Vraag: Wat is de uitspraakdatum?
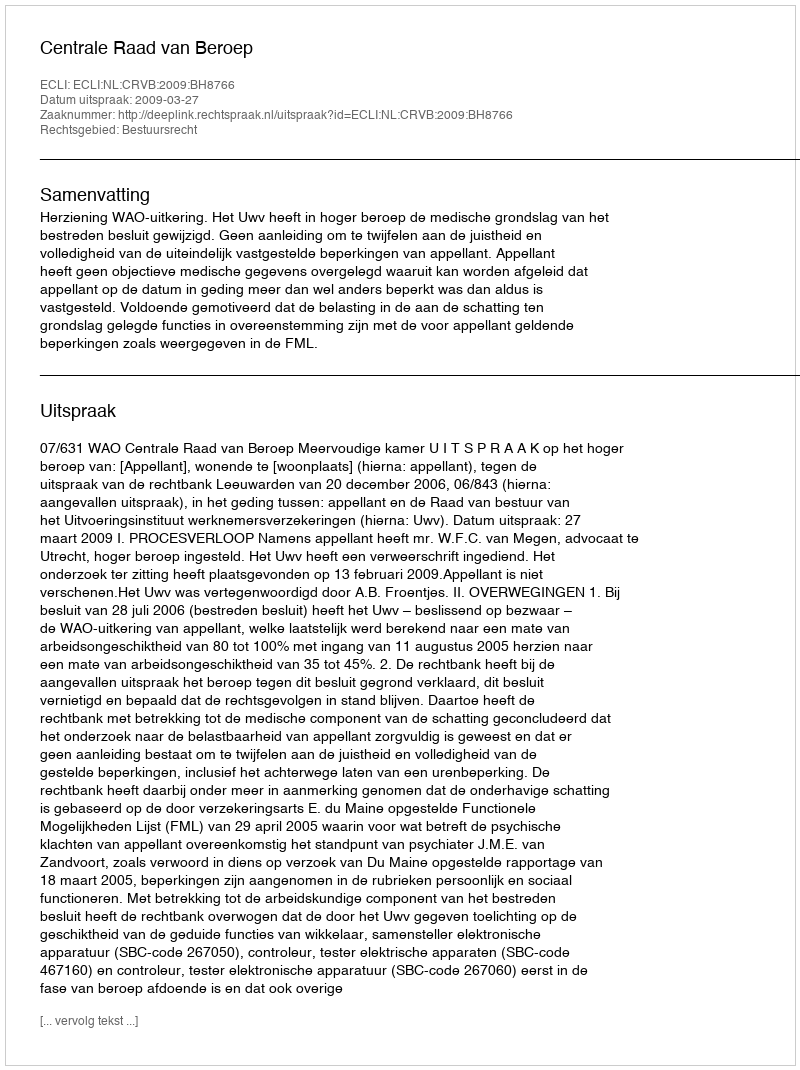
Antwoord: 2009-03-27